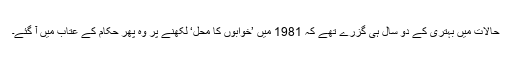
حالات میں بہتری کے دو سال ہی گزرے تھے کہ 1981 میں ’خوابوں کا محل‘ لکھنے پر وہ پھر حکام کے عتاب میں آ گئے۔